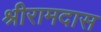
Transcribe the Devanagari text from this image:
श्रीरामदास